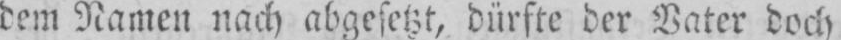
dem Namen nach abgesetzt, dürfte der Vater doch